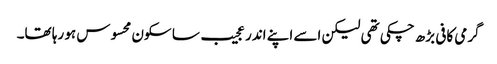
گرمی کافی بڑھ چکی تھی لیکن اسے اپنے اندر عجیب سا سکون محسوس ہو رہا تھا۔